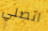
اتصلي